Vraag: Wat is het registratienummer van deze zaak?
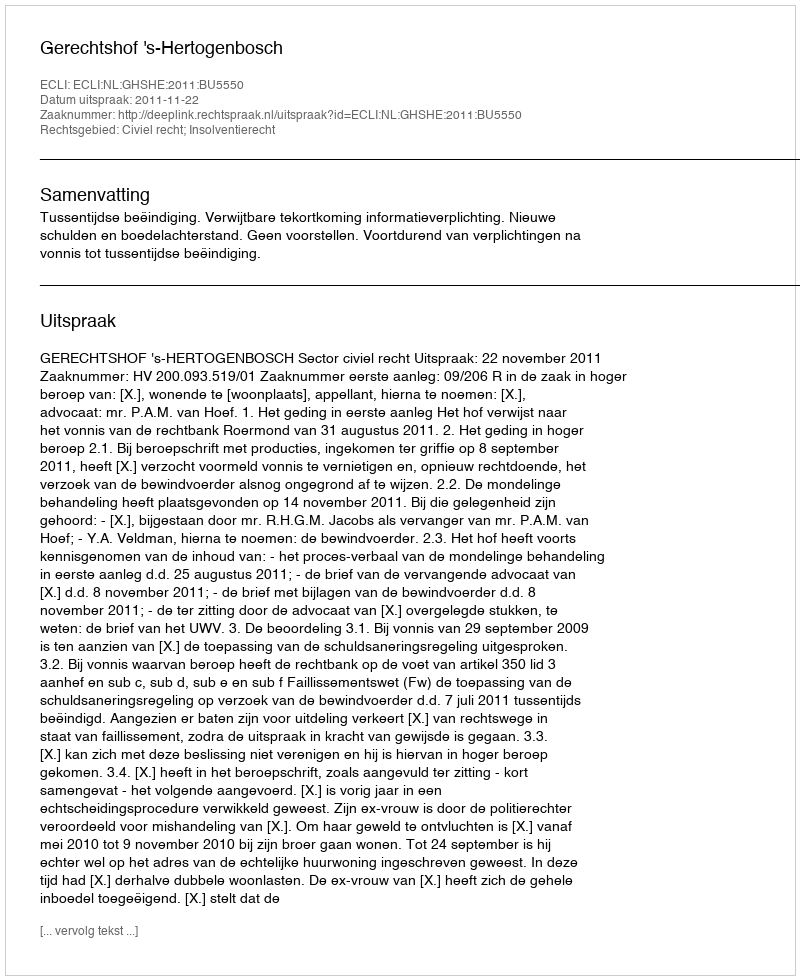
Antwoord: http://deeplink.rechtspraak.nl/uitspraak?id=ECLI:NL:GHSHE:2011:BU5550